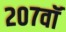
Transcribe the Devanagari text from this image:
२०७वॉ